38_143685_box_Incident_Summaries_173-233
Agency: Department of War
Page 34
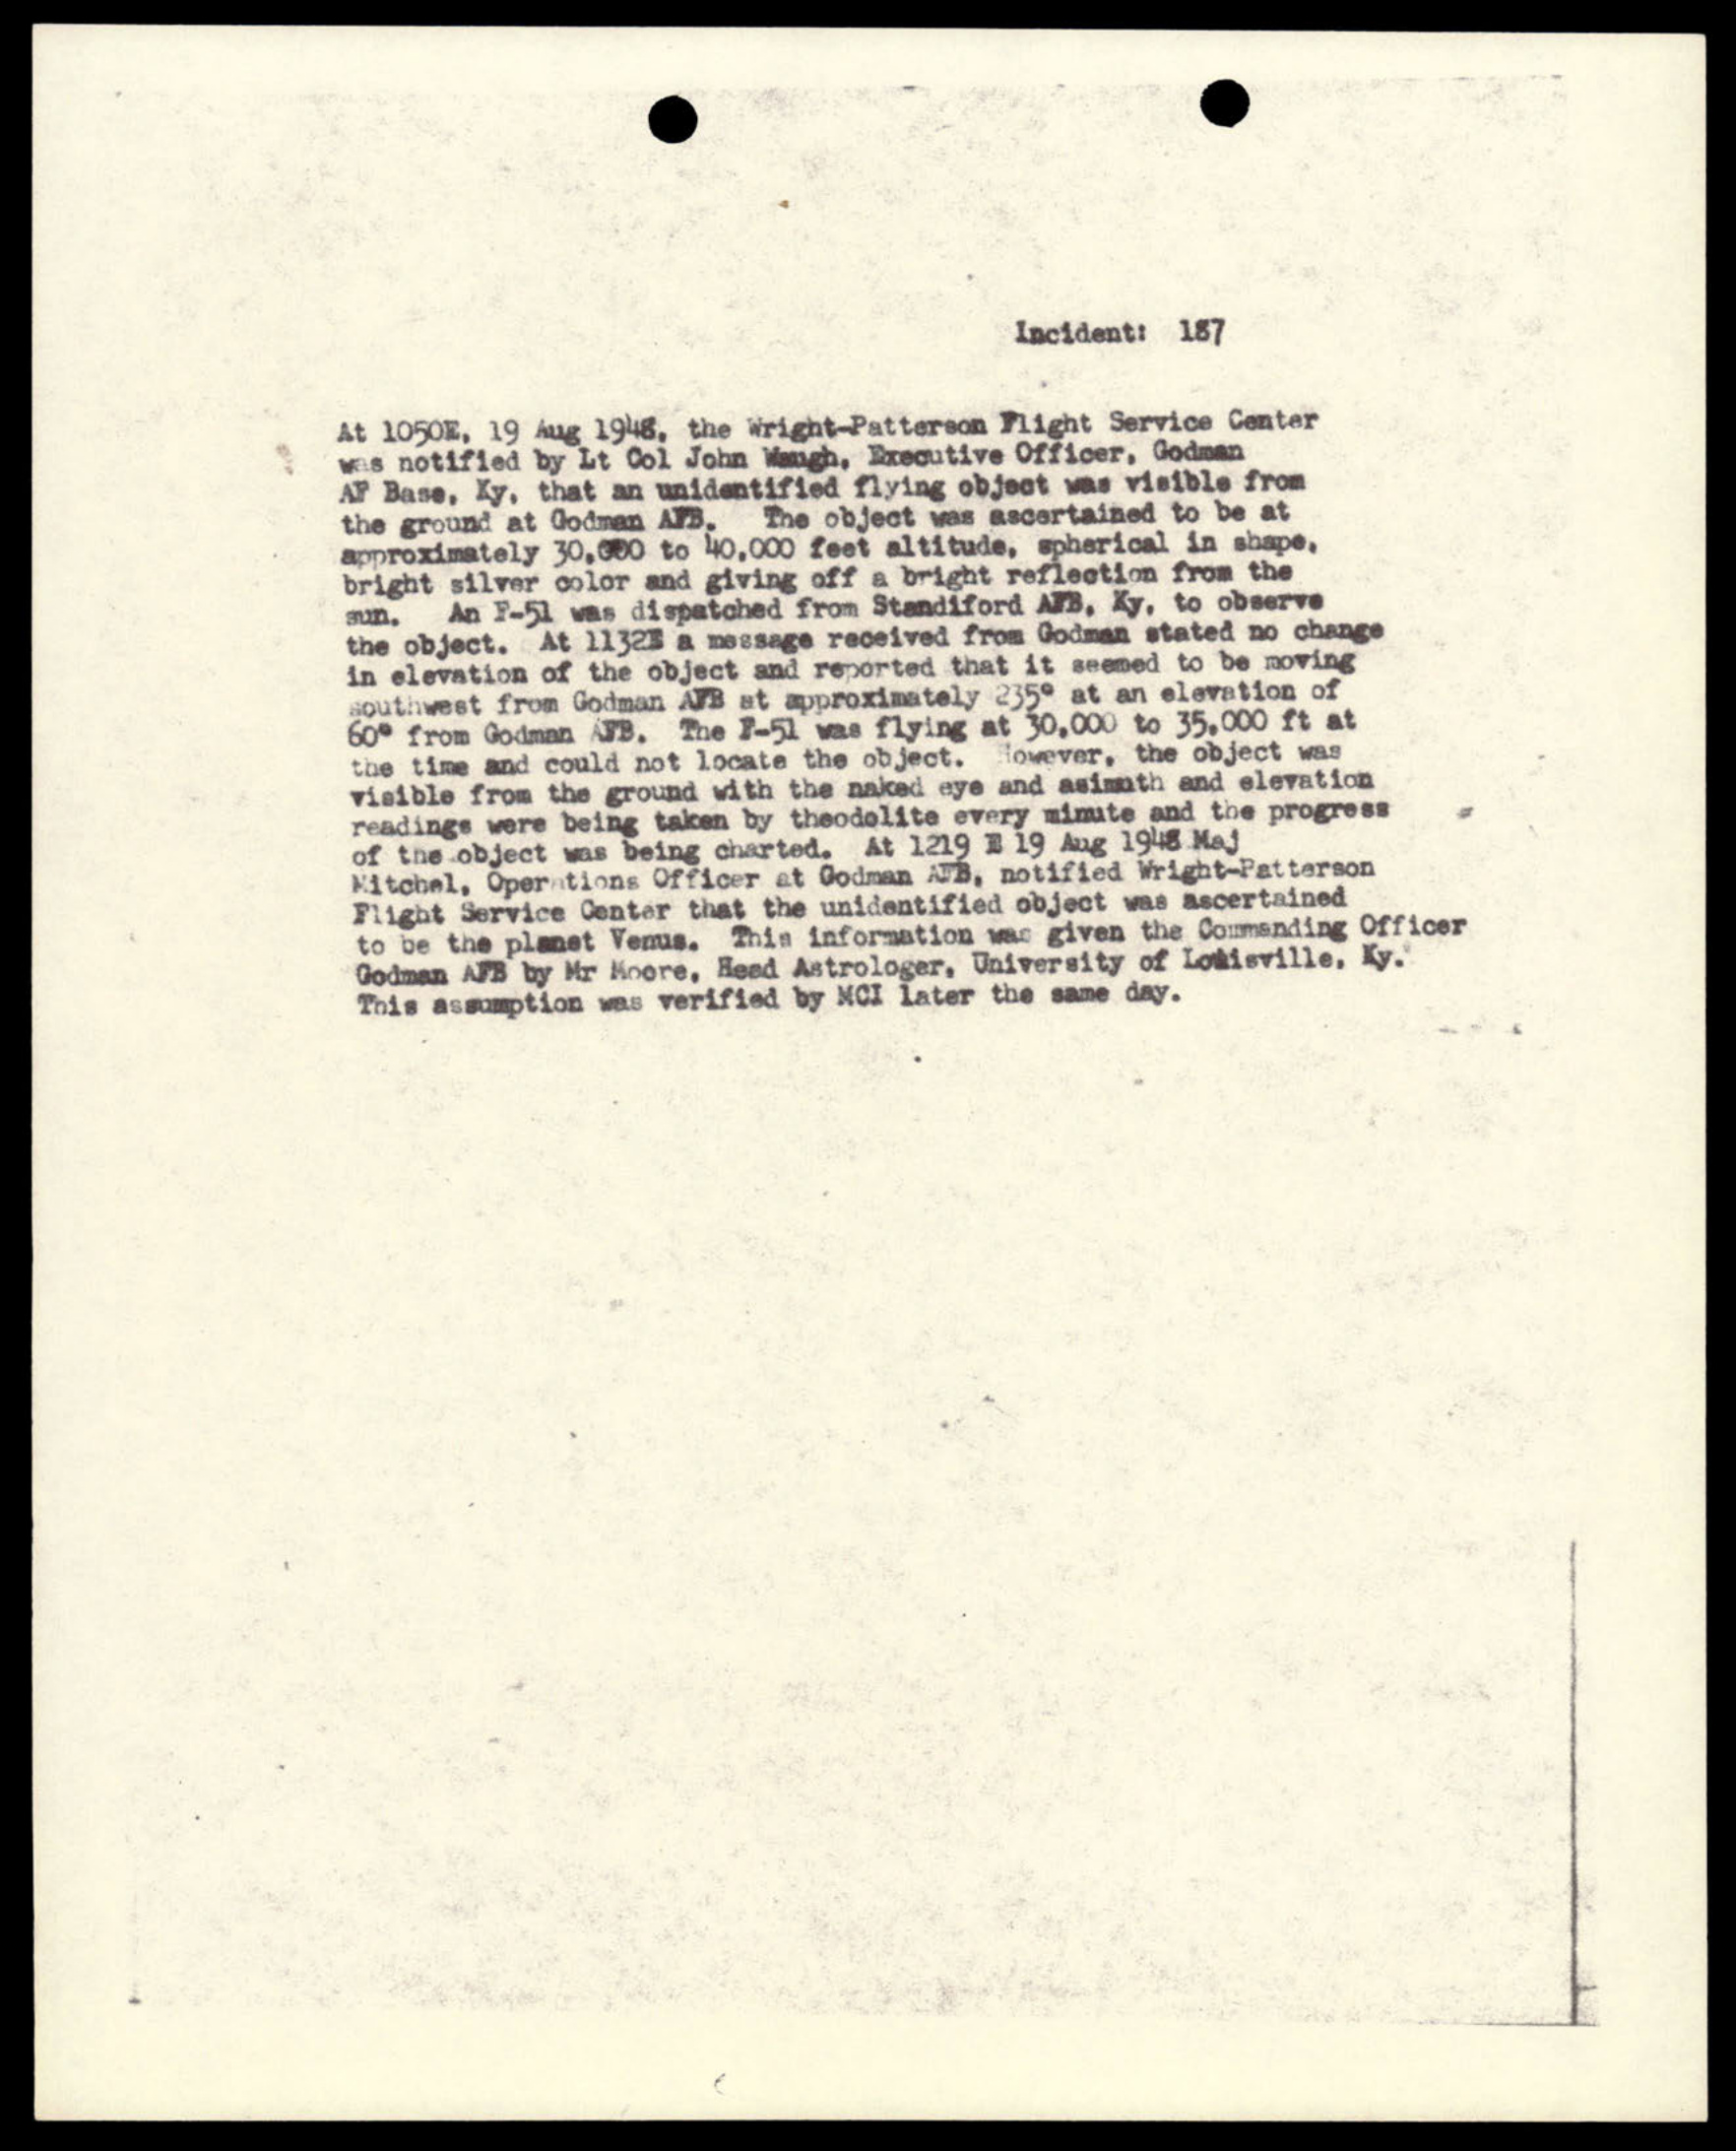